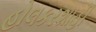
હોલકરશાહી